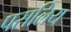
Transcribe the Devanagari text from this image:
पसलिय